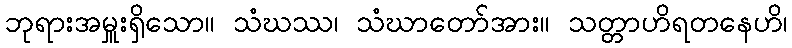
ဘုရားအမှူးရှိသော။ သံဃဿ၊ သံဃာတော်အား။ သတ္တာဟိရတနေဟိ၊